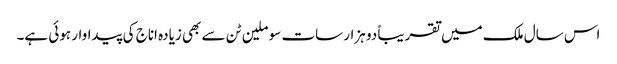
اس سال ملک میں تقریباً دو ہزار سات سو ملین ٹن سے بھی زیادہ اناج کی پیداوار ہوئی ہے۔